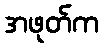
အဖုတ်က